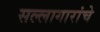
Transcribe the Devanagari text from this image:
सल्लागारांचे